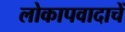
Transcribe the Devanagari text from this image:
लोकापवादाचें